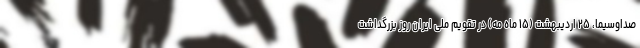
صداوسیما، ۲۵ اردیبهشت (۱۵ ماه مه) در تقویم ملی ایران روز بزرگداشت